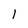
Character: 1